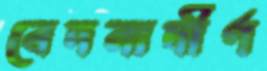
বেদনাদীর্ণ